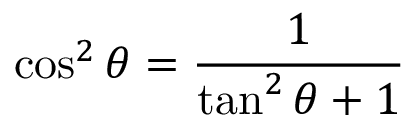
\cos ^ { 2 } \theta = { \frac { 1 } { \tan ^ { 2 } \theta + 1 } }